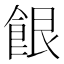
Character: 䬶